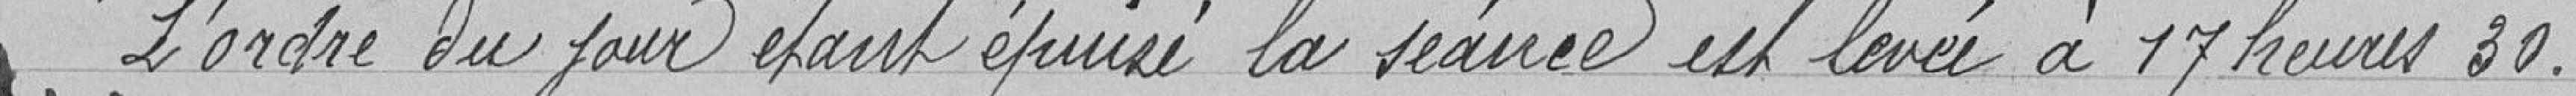
L'ordre du jour étant épuisé la séance est levée à 17 heures 30